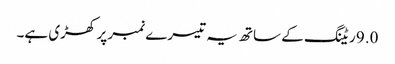
9.0 ریٹنگ کے ساتھ یہ تیسرے نمبر پر کھڑی ہے۔